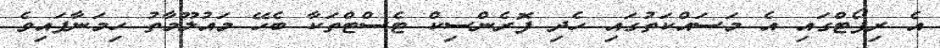
އެ ރިޕޯޓްގައި އެ މަސައްކަތުގައި ހެދި ފޮރެންސިކް ޓެސްޓްތަކާ ބެހޭ މައުލޫމާތު ހިމަނާފައިވެ